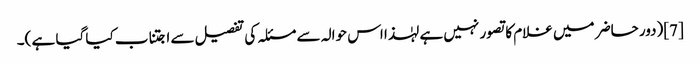
[7](دور حاضر میں غلام کا تصور نہیں ہے لہٰذا اس حوالہ سے مسئلہ کی تفصیل سے اجتناب کیا گیا ہے )۔